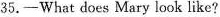
35.—What does Mary look like?